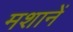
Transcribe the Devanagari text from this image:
मशानें